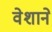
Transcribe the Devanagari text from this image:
वेशाने